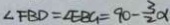
\angle F B D = \angle E B G = 9 0 - \frac { 3 } { 2 } \alpha